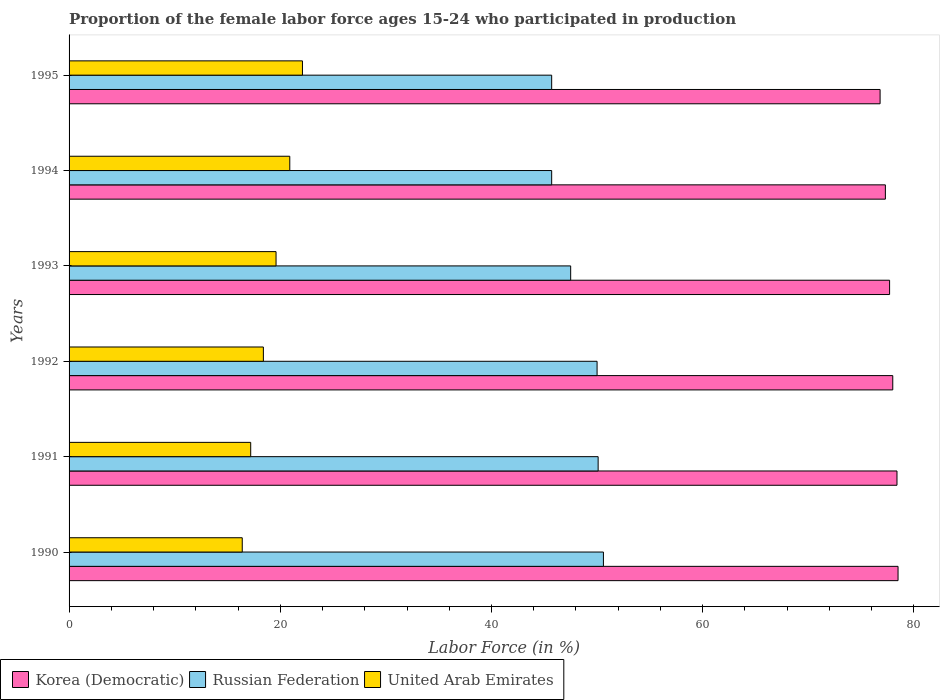
| Years | Korea (Democratic) | Russian Federation | United Arab Emirates |
 | --- | --- | --- | --- |
 | 1990 | 78.5 | 50.6 | 16.4 |
 | 1991 | 78.4 | 50.1 | 17.2 |
 | 1992 | 78 | 50 | 18.4 |
 | 1993 | 77.7 | 47.5 | 19.6 |
 | 1994 | 77.3 | 45.7 | 20.9 |
 | 1995 | 76.8 | 45.7 | 22.1 |